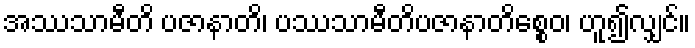
အဿသာမီတိ ပဇာနာတိ၊ ပဿသာမီတိပဇာနာတိစ္စေဝ၊ ဟူ၍လျှင်။